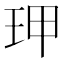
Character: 玾